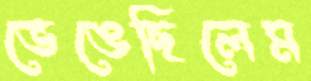
ভেঙেছিলেম